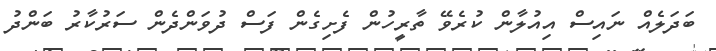
ބަދަލެއް ނައިސް އިއުލާން ކުރެވޭ ތާރީހުން ފެށިގެން ފަސް ދުވަންދެން ސަރުކާރު ބަންދު